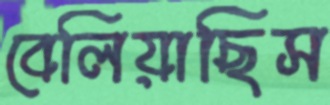
বেলিয়াছিস